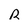
Character: R